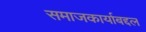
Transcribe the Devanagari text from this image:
समाजकार्याबद्दल